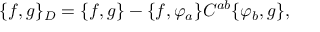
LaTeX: \{ f , g \} _ { D } = \{ f , g \} - \{ f , \varphi _ { a } \} C ^ { a b } \{ \varphi _ { b } , g \} ,